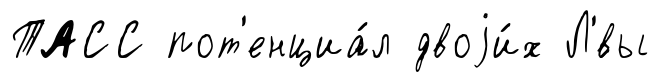
ТАСС пот'енциа́л двоjи́х Л'́вы